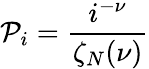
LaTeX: \mathcal{P}_{i}=\frac{{i^{-\nu}}}{{\zeta_{N}(\nu)}}